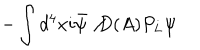
- \int d ^ { 4 } x i \bar { \psi } \not { D ( A ) } P _ { L } \psi